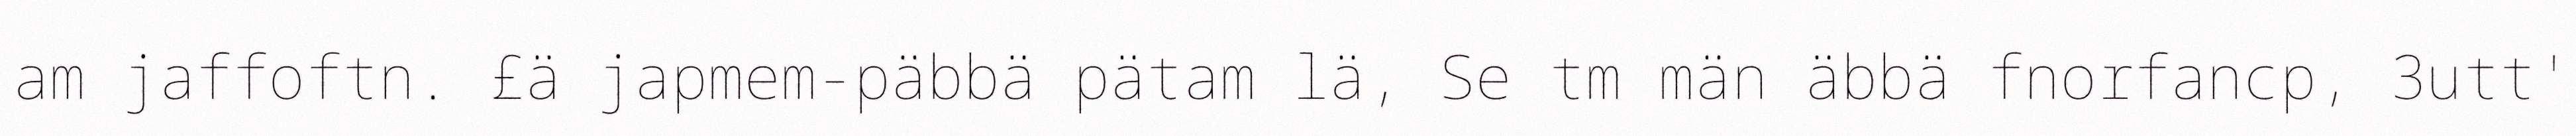
am jaffoftn. £ä japmem-päbbä pätam lä, Se tm män äbbä fnorfancp, 3utt'